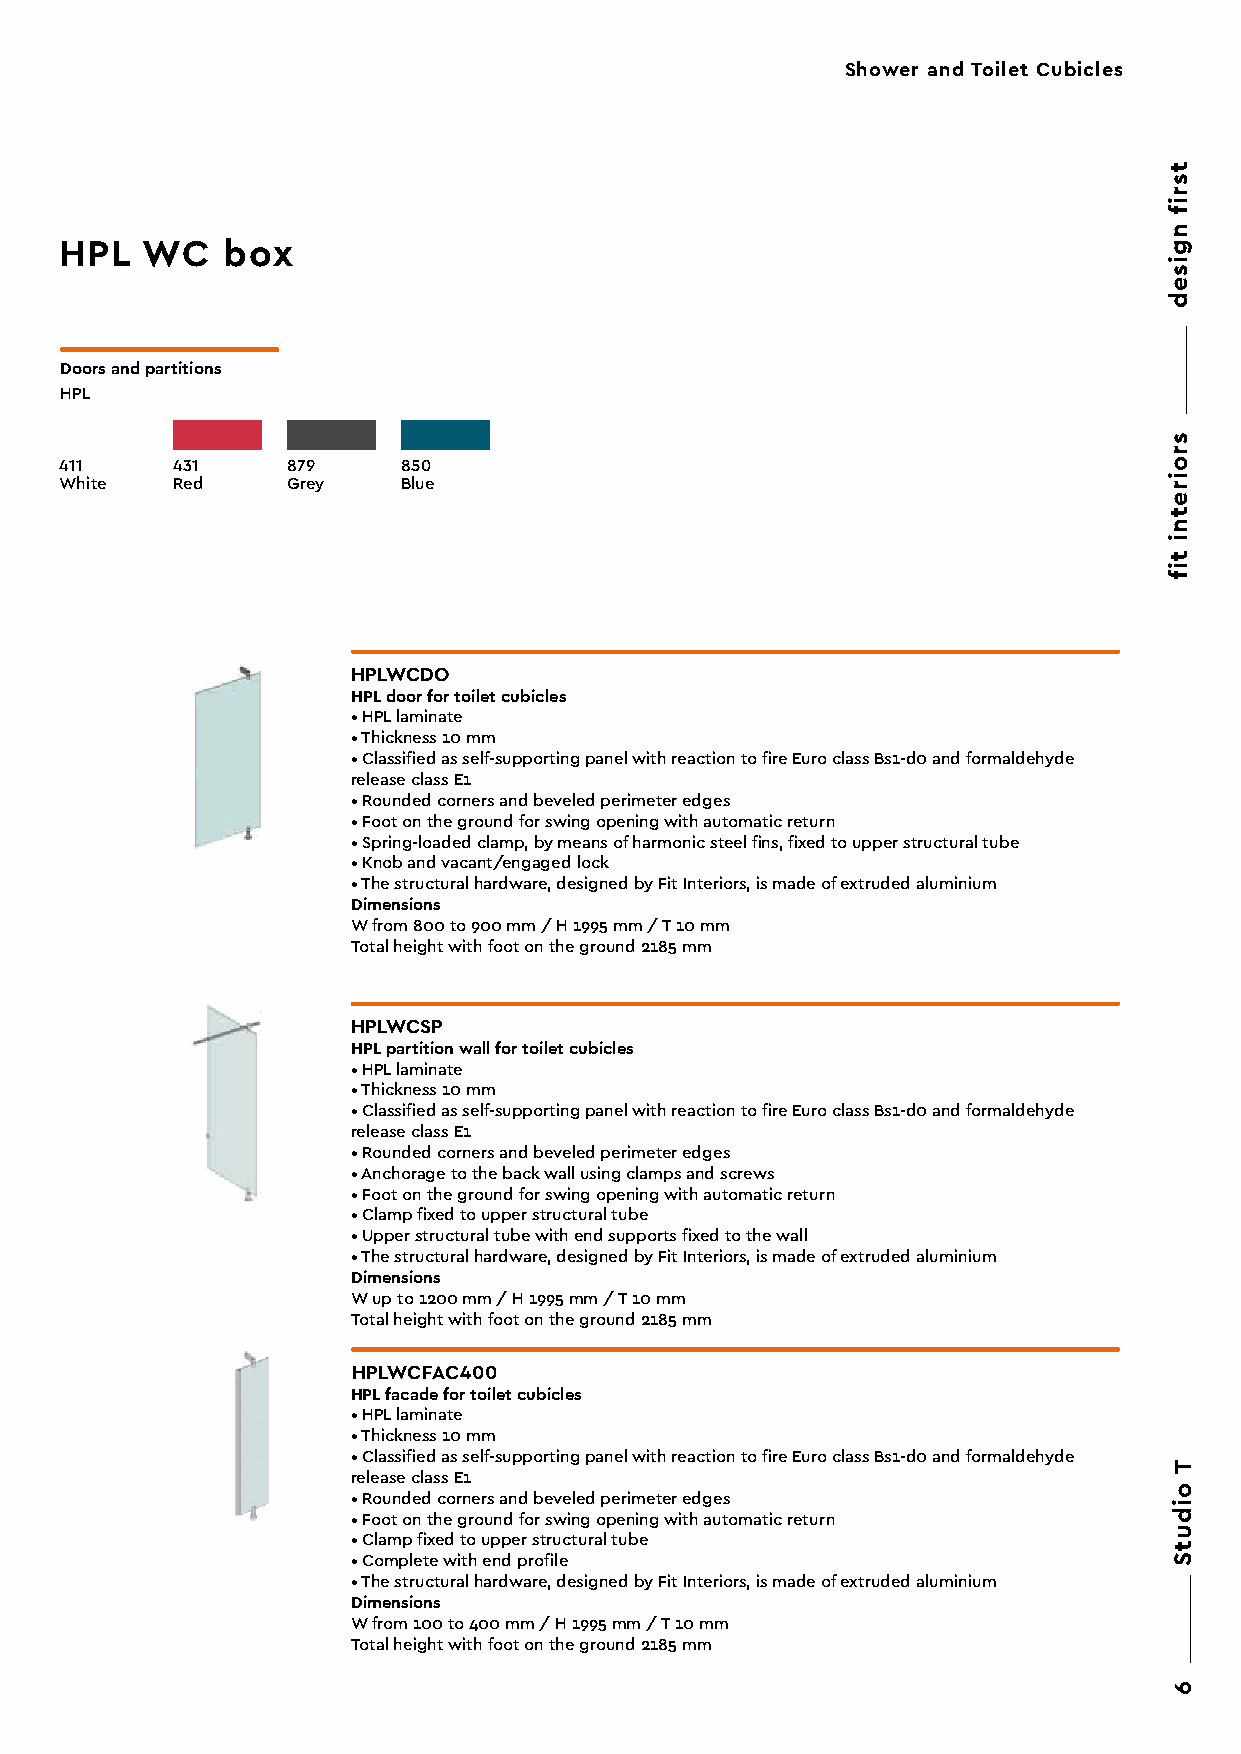
Shower and Toilet Cubicles
 HPL  WC    box
 Doors and partitions
 HPL
 411    431     879     850
 White  Red     Grey    Blue
 HPLWCDO
 HPL door for toilet cubicles
 • HPL laminate
 • Thickness 10 mm
 • Classified as self-supporting panel with reaction to fire Euro class Bs1-d0 and formaldehyde
 release class E1
 • Rounded corners and beveled perimeter edges
 • Foot on the ground for swing opening with automatic return
 • Spring-loaded clamp, by means of harmonic steel fins, fixed to upper structural tube
 • Knob and vacant/engaged lock
 • The structural hardware, designed by Fit Interiors, is made of extruded aluminium
 Dimensions
 W from 800 to 900 mm / H 1995 mm / T 10 mm
 Total height with foot on the ground 2185 mm
 HPLWCSP
 HPL partition wall for toilet cubicles
 • HPL laminate
 • Thickness 10 mm
 • Classified as self-supporting panel with reaction to fire Euro class Bs1-d0 and formaldehyde
 release class E1
 • Rounded corners and beveled perimeter edges
 • Anchorage to the back wall using clamps and screws
 • Foot on the ground for swing opening with automatic return
 • Clamp fixed to upper structural tube
 • Upper structural tube with end supports fixed to the wall
 • The structural hardware, designed by Fit Interiors, is made of extruded aluminium
 Dimensions
 W up to 1200 mm / H 1995 mm / T 10 mm
 Total height with foot on the ground 2185 mm
 HPLWCFAC400
 HPL facade for toilet cubicles
 • HPL laminate
 • Thickness 10 mm
 • Classified as self-supporting panel with reaction to fire Euro class Bs1-d0 and formaldehyde
 release class E1
 • Rounded corners and beveled perimeter edges
 • Foot on the ground for swing opening with automatic return
 • Clamp fixed to upper structural tube
 • Complete with end profile
 • The structural hardware, designed by Fit Interiors, is made of extruded aluminium
 Dimensions
 W from 100 to 400 mm / H 1995 mm / T 10 mm
 Total height with foot on the ground 2185 mm
 tsrif
 ngised
 sroiretni
 tif
 T
 oidutS
 6